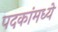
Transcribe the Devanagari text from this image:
पदकांमध्ये